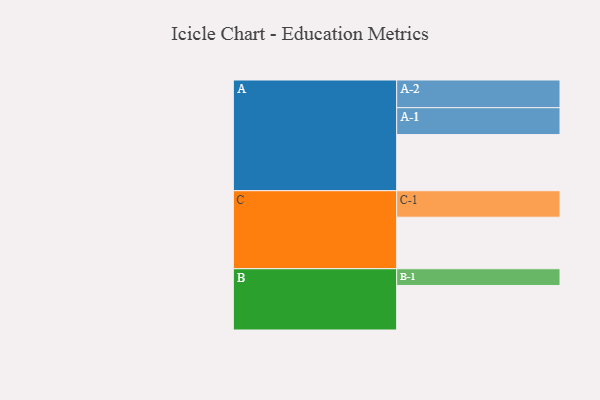
{"axis": {"x": "Segment", "y": "Value"}, "legend": ["", "A", "B", "C"], "data": [{"x": "A", "y": 570, "type": ""}, {"x": "B", "y": 452, "type": ""}, {"x": "C", "y": 523, "type": ""}, {"x": "A-1", "y": 273, "type": "A"}, {"x": "A-2", "y": 281, "type": "A"}, {"x": "B-1", "y": 170, "type": "B"}, {"x": "C-1", "y": 269, "type": "C"}]}